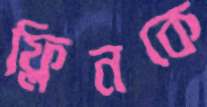
ফ্লিনকে